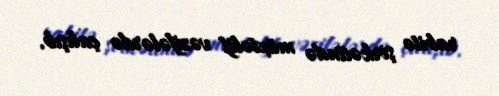
rabitə şirkətində müxtəlif vəzifələrdə çalışıb.